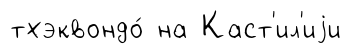
тхэквондо́ на Каст'ил'иjи